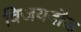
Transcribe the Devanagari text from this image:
विजयदौड